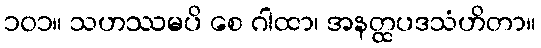
၁၀၁။ သဟဿမပိ စေ ဂါထာ၊ အနတ္ထပဒသံဟိတာ။